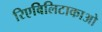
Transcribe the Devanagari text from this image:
रिएबिलिटाकाओ